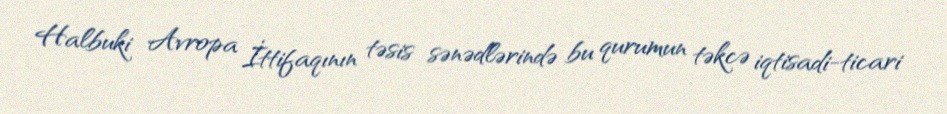
Halbuki Avropa İttifaqının təsis sənədlərində bu qurumun təkcə iqtisadi-ticari